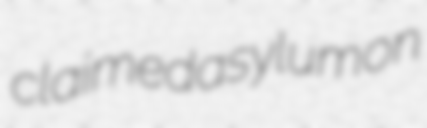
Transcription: claimed asylum on